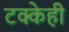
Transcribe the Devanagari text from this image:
टक्केही